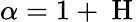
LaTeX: \alpha=1+\mathrm{~H~}